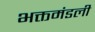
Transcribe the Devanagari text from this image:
भक्तमंडली